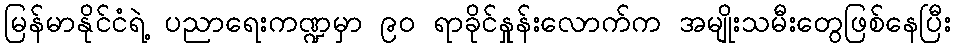
မြန်မာနိုင်ငံရဲ့ ပညာရေးကဏ္ဍမှာ ၉၀ ရာခိုင်နှုန်းလောက်က အမျိုးသမီးတွေဖြစ်နေပြီး